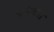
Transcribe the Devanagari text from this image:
भयंकरा